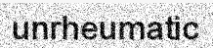
unrheumatic